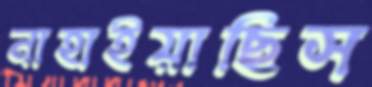
নাহাইয়াছিস